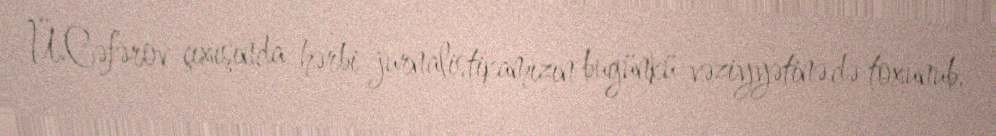
Ü.Cəfərov çıxışında hərbi jurnalistikamızın bugünkü vəziyyətinə də toxunub.